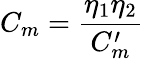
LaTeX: C_{m}=\frac{\eta_{1}\eta_{2}}{C_{m}^{\prime}}